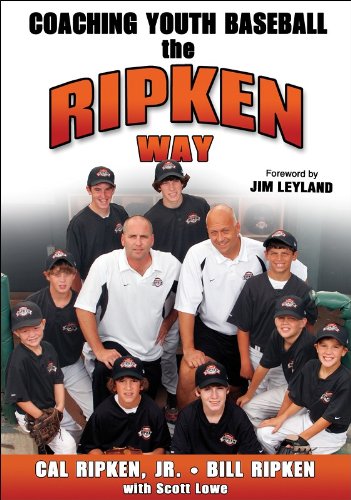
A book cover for Coaching Youth Baseball the Ripken Way; Cal Ripken  Jr.; Sports & Outdoors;